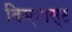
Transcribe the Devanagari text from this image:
किएनास्ट